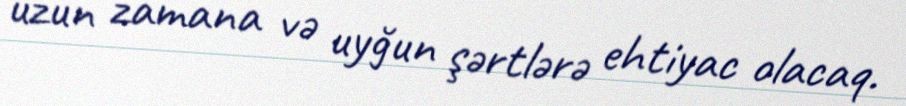
uzun zamana və uyğun şərtlərə ehtiyac olacaq.